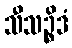
သီသဉ္စိဒံ